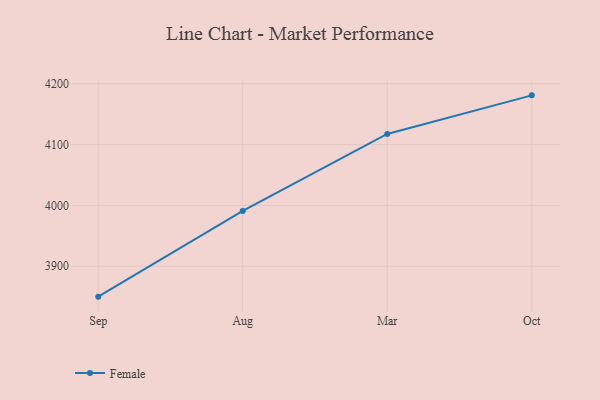
{"axis": {"x": "Month", "y": "Demand Index"}, "legend": ["Female"], "data": [{"x": "Sep", "y": 3850.1, "type": "Female"}, {"x": "Aug", "y": 3991.0, "type": "Female"}, {"x": "Mar", "y": 4117.5, "type": "Female"}, {"x": "Oct", "y": 4181.0, "type": "Female"}]}